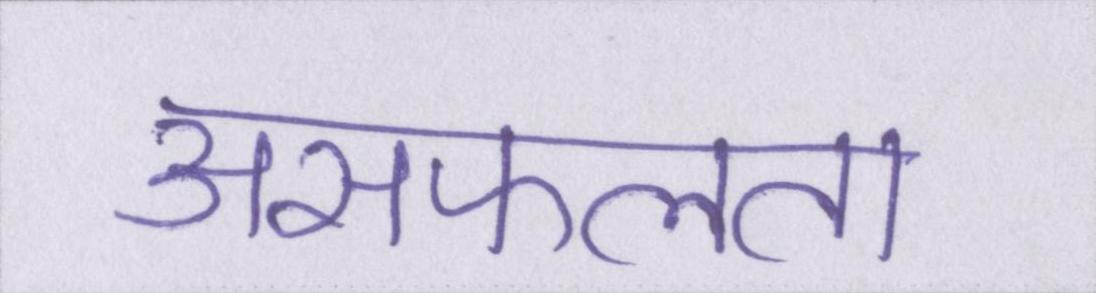
असफलता